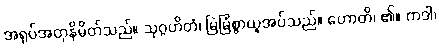
အရုပ်အတုနိမိတ်သည်။ သုဂ္ဂဟိတံ၊ မြဲမြံစွာယူအပ်သည်။ ဟောတိ၊ ၏။ ကဒါ၊